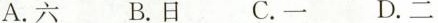
A.六 B.日 C.一 D.二